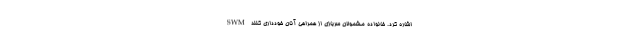
SWM اشاره کرد. خانواده مشمولان سربازی از همراهی آنان خودداری کنند